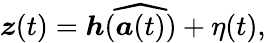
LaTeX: \boldsymbol{z}(t)=\boldsymbol{h}(\widehat{\boldsymbol{a}(t)})+\eta(t),